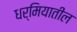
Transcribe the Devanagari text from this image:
धर्मियातील